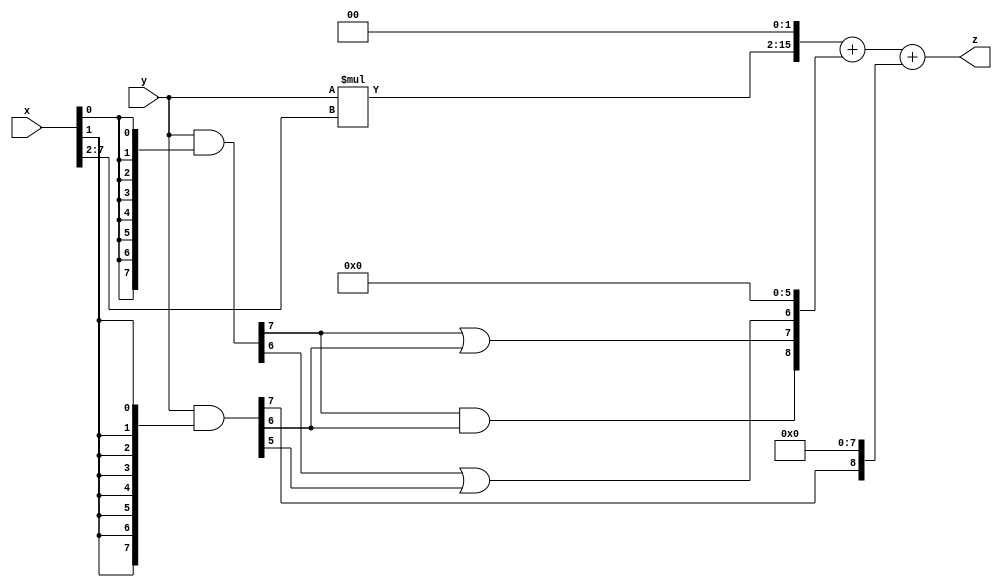
// terms: 4
// fval:  14287.25

module unsigned_exchange_8x8_l2_lamb3000_7 (
	input [7:0] x,
	input [7:0] y,
	output [15:0] z
);

wire [7:0] part1 =  y & {8{x[0]}};
wire [7:0] part2 =  y & {8{x[1]}};
wire [7:0] part3 =  y & {8{x[2]}};
wire [7:0] part4 =  y & {8{x[3]}};
wire [7:0] part5 =  y & {8{x[4]}};
wire [7:0] part6 =  y & {8{x[5]}};
wire [7:0] part7 =  y & {8{x[6]}};
wire [7:0] part8 =  y & {8{x[7]}};

wire [8:0] new_part1;
assign new_part1[0] = 0;
assign new_part1[1] = 0;
assign new_part1[2] = 0;
assign new_part1[3] = 0;
assign new_part1[4] = 0;
assign new_part1[5] = 0;
assign new_part1[6] = part1[6] | part2[5];
assign new_part1[7] = part1[7] | part2[6];
assign new_part1[8] = part1[7] & part2[6];

wire [8:0] new_part2;
assign new_part2[0] = 0;
assign new_part2[1] = 0;
assign new_part2[2] = 0;
assign new_part2[3] = 0;
assign new_part2[4] = 0;
assign new_part2[5] = 0;
assign new_part2[6] = 0;
assign new_part2[7] = 0;
assign new_part2[8] = part2[7];

wire [13:0] tmp_z = y*x[7:2];

assign z = {tmp_z, 2'd 0} + new_part1 + new_part2;

endmodule